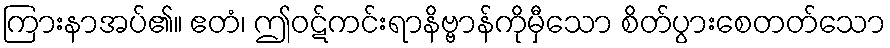
ကြားနာအပ်၏။ ဧတံ၊ ဤဝဋ်ကင်းရာနိဗ္ဗာန်ကိုမှီသော စိတ်ပွားစေတတ်သော